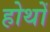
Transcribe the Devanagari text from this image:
होथों